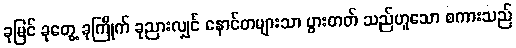
ခုမြင် ခုတွေ့ ခုကြိုက် ခုညားလျှင် နောင်တများသာ ပွားတတ် သည်ဟူသော စကားသည်